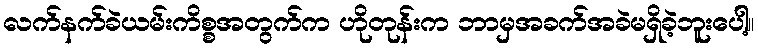
လက်နက်ခဲယမ်းကိစ္စအတွက်က ဟိုတုန်းက ဘာမှအခက်အခဲမရှိခဲ့ဘူးပေါ့။